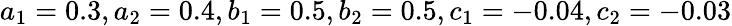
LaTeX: a_{1}=0.3,a_{2}=0.4,b_{1}=0.5,b_{2}=0.5,c_{1}=-0.04,c_{2}=-0.03